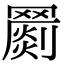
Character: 𦌞